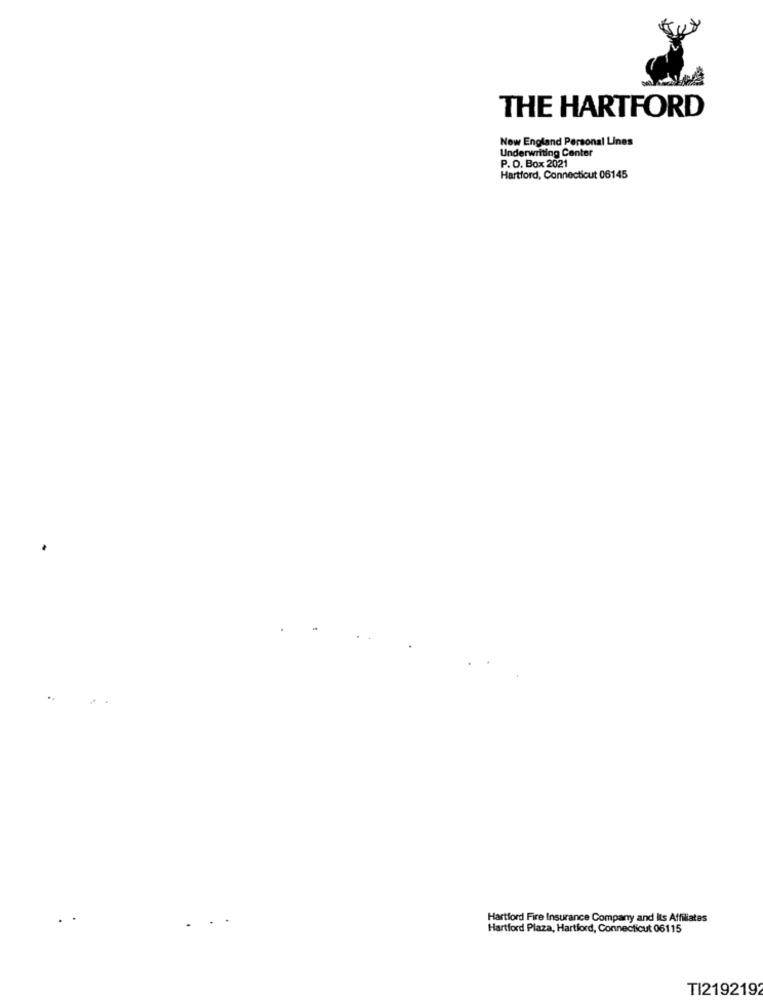
THE HARTFORD
Now England Personal Lines
Underwriting Center
P. O. Box 2021
Hartford, Connecticut 06145
Hartford Fire Insurance Company and Its Affiliates
Hartford Plaza, Hartford, Connecticut 06115
TI219219